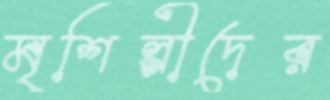
মৃশিল্পীদের